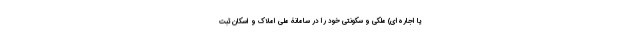
یا اجاره‌ای) ملکی و سکونتی خود را در سامانۀ ملی املاک و اسکان ثبت